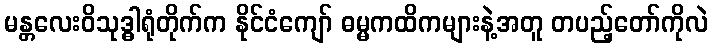
မန္တလေးဝိသုဒ္ဓါရုံတိုက်က နိုင်ငံကျော် ဓမ္မကထိကများနဲ့အတူ တပည့်တော်ကိုလဲ